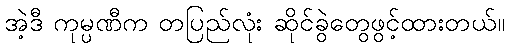
အဲ့ဒီ ကုမ္ပဏီက တပြည်လုံး ဆိုင်ခွဲတွေဖွင့်ထားတယ်။